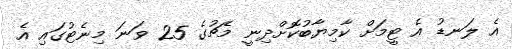
އެ ލަނޑު އެ ޓީމަށް ކާމިޔާބުކޮށްދިނީ މެޗުގެ 25 ވަނަ މިނެޓުގައި އެ